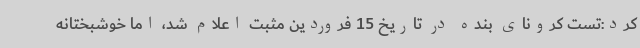
کرد:تست کرونای بنده در تاریخ 15 فروردین مثبت اعلام شد، اما خوشبختانه